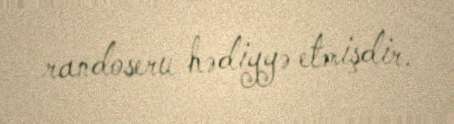
randoseru hədiyyə etmişdir.